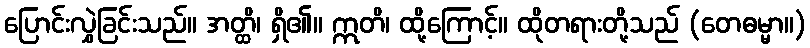
ပြောင်းလွှဲခြင်းသည်။ အတ္ထိ၊ ရှိ၏။ ဣတိ၊ ထို့ကြောင့်။ ထိုတရားတို့သည် (တေဓမ္မာ။)